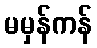
မမှန်ကန်